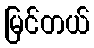
မြင်တယ်